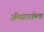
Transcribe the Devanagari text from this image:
अॅमस्टरडॅमचा